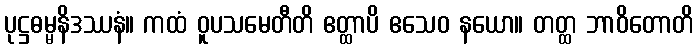
ပုဋ္ဌဓမ္မနိဒဿနံ။ ကထံ ဝူပသမေတီတိ ဧတ္ထာပိ ဧသေဝ နယော။ တတ္ထ ဘာဝိတောတိ